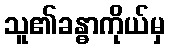
သူ၏ခန္ဓာကိုယ်မှ